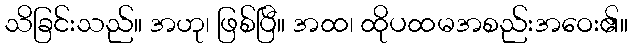
သိခြင်းသည်။ အဟု၊ ဖြစ်ပြီ။ အထ၊ ထိုပထမအစည်းအဝေး၏။